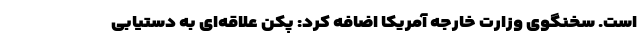
است. سخنگوی وزارت خارجه آمریکا اضافه کرد: پکن علاقه‌ای به دستیابی